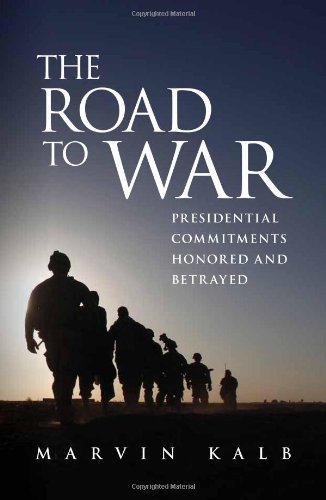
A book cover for The Road to War: Presidential Commitments Honored and Betrayed; Marvin Kalb; History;